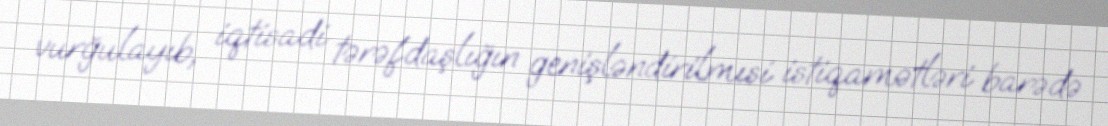
vurğulayıb, iqtisadi tərəfdaşlığın genişləndirilmısi istiqamətləri barədə